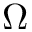
\Omega